Scottish Leaving Certificate Examination, 1954
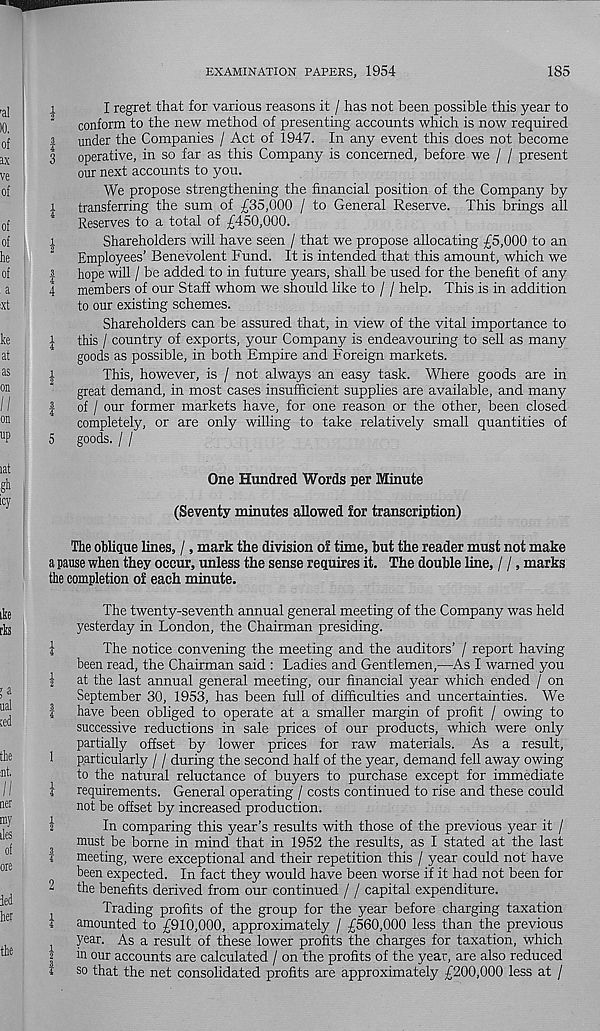
EXAMINATION PAPERS, 1954
185
1
I regret that for various reasons it / has not been possible this year to
2
conform to the new method of presenting accounts which is now required
i under the Companies / Act of 1947. In any event this does not become
3 operative, in so far as this Company is concerned, before we / / present
our next accounts to you.
We propose strengthening the financial position of the Company by
i transferring the sum of £35,000 / to General Reserve. This brings all
4
Reserves to a total of £450,000.
i
Shareholders will have seen / that we propose allocating £5,000 to an
Employees’ Benevolent Fund. It is intended that this amount, which we
| hope will / be added to in future years, shall be used for the benefit of any
4 members of our Staff whom we should like to / / help. This is in addition
to our existing schemes.
Shareholders can be assured that, in view of the vital importance to
i this / country of exports, your Company is endeavouring to sell as many
goods as possible, in both Empire and Foreign markets,
i
This, however, is / not always an easy task. Where goods are in
great demand, in most cases insufficient supplies are available, and many
| of / our former markets have, for one reason or the other, been closed
completely, or are only willing to take relatively small quantities of
5 goods. / /
One Hundred Words per Minute
(Seventy minutes allowed for transcription)
The oblique lines, /, mark the division of time, but the reader must not make
a pause when they occur, unless the sense requires it. The double line, / /, marks
the completion of each minute.
The twenty-seventh annual general meeting of the Company was held
yesterday in London, the Chairman presiding.
|
The notice convening the meeting and the auditors’ / report having
been read, the Chairman said : Ladies and Gentlemen,—As I warned you
| at the last annual general meeting, our financial year which ended / on
September 30, 1953, has been full of difficulties and uncertainties. We
| have been obliged to operate at a smaller margin of profit / owing to
successive reductions in sale prices of our products, which were only
partially offset by lower prices for raw materials. As a result,
1 particularly / / during the second half of the year, demand fell away owing
to the natural reluctance of buyers to purchase except for immediate
£ requirements. General operating / costs continued to rise and these could
not be offset by increased production.
I
In comparing this year’s results with those of the previous year it /
must be borne in mind that in 1952 the results, as I stated at the last
1 meeting, were exceptional and their repetition this / year could not have
been expected. In fact they would have been worse if it had not been for
2 the benefits derived from our continued / / capital expenditure.
Trading profits of the group for the year before charging taxation
i amounted to £910,000, approximately / £560,000 less than the previous
year. As a result of these lower profits the charges for taxation, which
| in our accounts are calculated / on the profits of the year, are also reduced
I so that the net consolidated profits are approximately £200,000 less at /